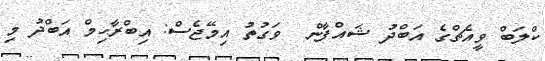
ކްލަބް ވީއެޗްގެ އަބްދު ޝައްފާން  ވަގުތު އިމޭޖެސް: އިބްރާހިމް އަބްދު މި